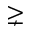
\gneq